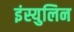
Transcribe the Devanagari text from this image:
इंस्युलिन